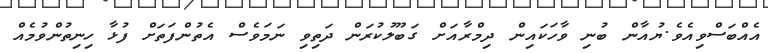
އެއްބަސްވިއެވެ.ޔުއާން ބުނި ވާހަކައިން ދިމްރާއަށް ގަބޫލުކުރަން ދަތިވި ނަމަވެސް އެތުންފަތަށް ފުޅާ ހިނިތުންވުމެއް